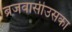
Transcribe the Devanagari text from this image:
ब्रजवासीउसका